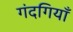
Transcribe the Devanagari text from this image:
गंदगियाँ